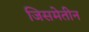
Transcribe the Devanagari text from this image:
जिसमेतीन